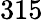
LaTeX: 315